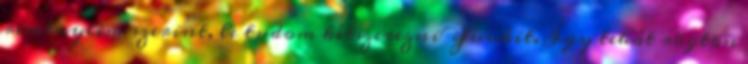
reményeim szerint, le tudom kétszerezni Yuukit. Így tehát rögtön